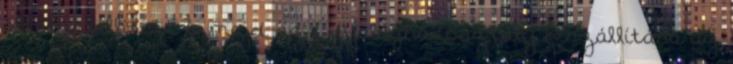
által felállított 6 majd az 1. gyaloghadosztály kiszállítása az